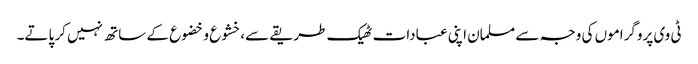
ٹی وی پروگراموں کی وجہ سے مسلمان اپنی عبادات ٹھیک طریقے سے،خشوع و خضوع کے ساتھ نہیں کر پاتے۔